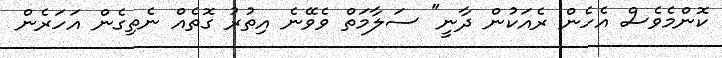
ކޮންމެވެސް އެހެން ރެއަކުން ދާނީ" ސަލާމަތް ވެވޭނެ އިތުރު ގޮތެއް ނެތިގެން އަހަރެން